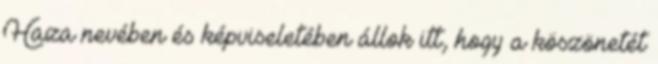
Haza nevében és képviseletében állok itt, hogy a köszönetét